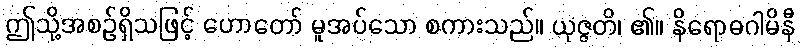
ဤသို့အစဉ်ရှိသဖြင့် ဟောတော် မူအပ်သော စကားသည်။ ယုဇ္ဇတိ၊ ၏။ နိရောဓဂါမိနီ